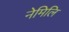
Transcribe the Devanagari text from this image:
नेमिलि